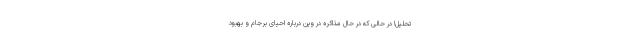
تحلیل! در حالی که در حال مذاکره در وین درباره احیای برجام و بهبود